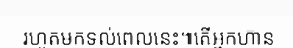
រហូតមកទល់ពេលនេះ៕តើអ្នកហ៊ាន